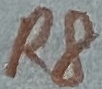
Text: R8